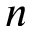
n